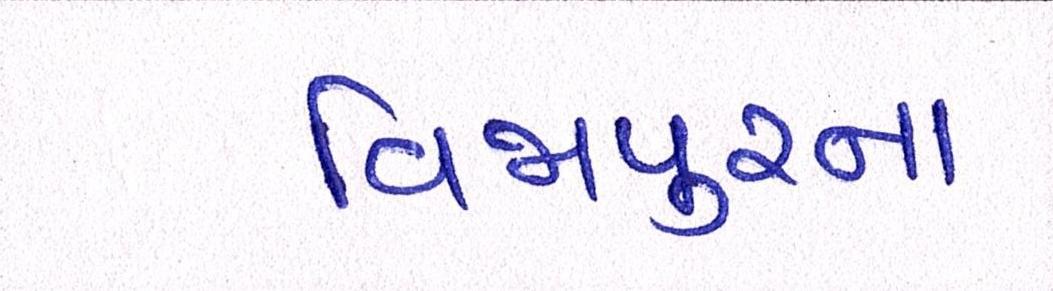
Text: વિજાપુરના